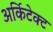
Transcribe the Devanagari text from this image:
अर्किटेक्ट